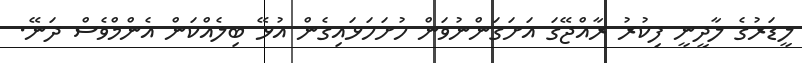
ލީޑަރުގެ ލާދީނީ ފިކުރު ރާއްޖޭގަ އަށަގަންނުވަން ހުށަހަޅައިގެން އުޅޭ ބިލެއްކަން އެންމްވެސް ދަނޭ.